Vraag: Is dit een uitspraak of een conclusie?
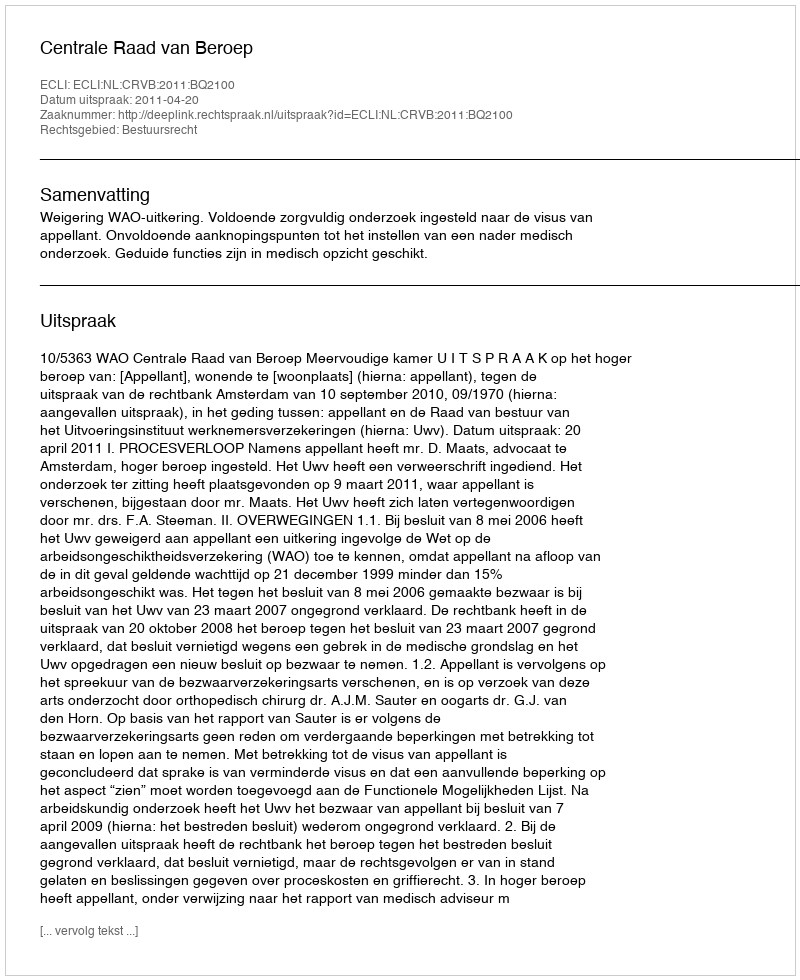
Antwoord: Uitspraak